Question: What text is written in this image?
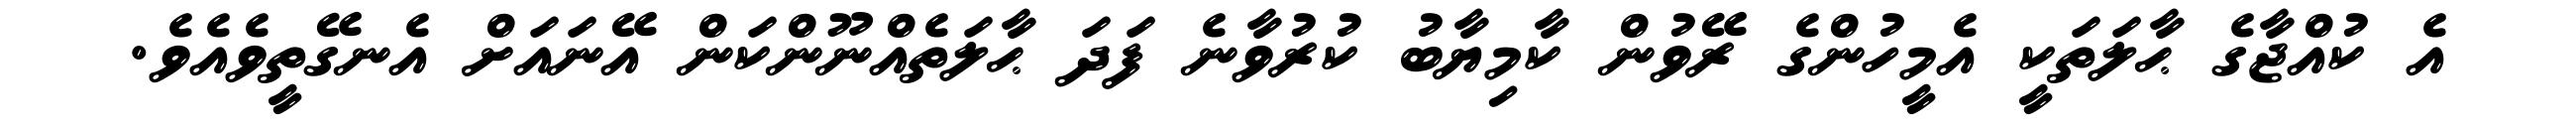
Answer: އެ ކުއްޖާގެ ޙާލަތަކީ އެމީހުންގެ ރޭވުން ކާމިޔާބު ކުރުވާނެ ފަދަ ޙާލަތެއްނޫންކަން އޭނައަށް އެނގޭތީވެއެވެ.